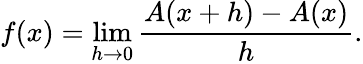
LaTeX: f(x)=\operatorname*{lim}_{h\to 0}{\frac{A(x+h)-A(x)}{h}}.